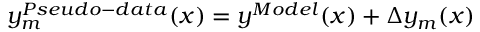
y _ { m } ^ { P s e u d o - d a t a } ( x ) = y ^ { M o d e l } ( x ) + \Delta y _ { m } ( x )